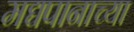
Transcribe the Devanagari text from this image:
मद्यपानाच्या